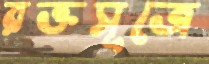
রক্তসূত্রে